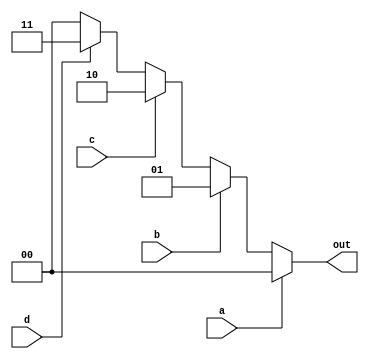
module encoder(a,b,c,d, out);
    input a,b,c,d;
    // a = 0 , out = 00
    // b = 1 , out = 01
    // c = 2 , out = 10
    // d = 3 , out = 11
    output reg [1:0] out;

    always @ (a or b or c or d) begin
        if (a == 1'b1) begin
            out = 2'b00;
        end

        else if (b == 1'b1) begin
            out = 2'b01;
        end

        else if (c == 1'b1) begin
            out = 2'b10;
        end

        else if (d == 1'b1) begin
            out = 2'b11;
        end

        else begin
            out = 2'b00;
        end
    end
endmodule